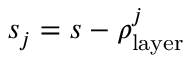
s _ { j } = s - \rho _ { \mathrm { l a y e r } } ^ { j }